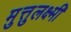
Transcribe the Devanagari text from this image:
मुत्तुलक्ष्मी